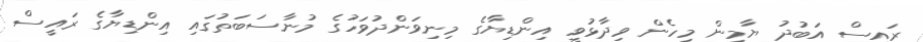
ރައީސް އަބުދު ޔާމީން މިހެން ވިދާޅުވީ އިންޑިޔާގެ މިނިވަންދުވަހުގެ މުނާސަބަތުގައި އިންޑިޔާގެ ރައީސް